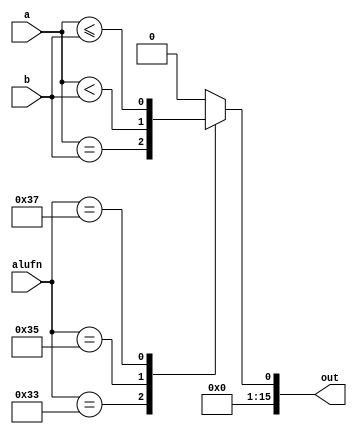
/*
   This file was generated automatically by Alchitry Labs version 1.2.1.
   Do not edit this file directly. Instead edit the original Lucid source.
   This is a temporary file and any changes made to it will be destroyed.
*/

module alu_compare_21 (
    input [15:0] a,
    input [15:0] b,
    input [5:0] alufn,
    output reg [15:0] out
  );
  
  
  
  always @* begin
    out = 16'h0000;
    
    case (alufn)
      6'h33: begin
        out[0+0-:1] = (a == b);
      end
      6'h35: begin
        out[0+0-:1] = (a < b);
      end
      6'h37: begin
        out[0+0-:1] = (a <= b);
      end
      default: begin
        out[0+0-:1] = 1'h0;
      end
    endcase
  end
endmodule